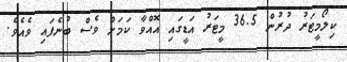
ކިލޯމީޓަރު ދުރުން 36.5 މީޓަރު އަޑީގައި އޮއްވާ ކަމަށް ވެސް ބުނެފައި ވެއެވެ.